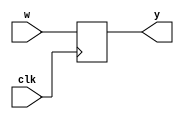
module top (y, clk, w);
   output reg y = 1'b0;
   input clk, w;
   reg [1:0] i = 2'b00;
   always @(posedge clk)
     // If the constant below is set to 2'b00, the correct output is generated.
     //       vvvv
     for (i = 1'b0; i < 2'b01; i = i + 2'b01) 
       y <= w || i[1:1];
endmodule